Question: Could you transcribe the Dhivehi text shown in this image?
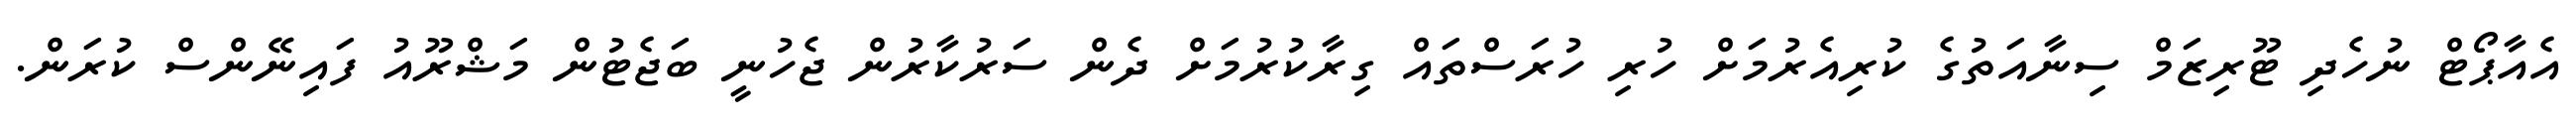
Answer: އެއާޕޯޓް ނުހެދި ޓޫރިޒަމް ސިނާއަތުގެ ކުރިއެރުމަށް ހުރި ހުރަސްތައް ގިރާކުރުމަށް ދެން ސަރުކާރުން ޖެހުނީ ބަޖެޓުން މަޝްރޫއު ފައިނޭންސް ކުރަން.